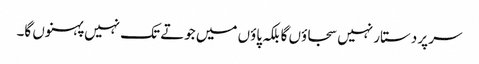
سر پر دستار نہیں سجاؤں گا بلکہ پاؤں میں جوتے تک نہیں پہنوں گا۔